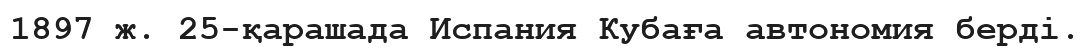
1897 ж. 25-қарашада Испания Кубаға автономия берді.